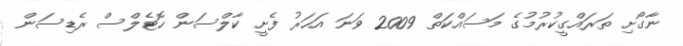
ނާގޯށި ތަރައްގީކުރުމުގެ މަސައްކަތް 2009 ވަނަ އަހަރު ފެށީ ކާލްސަން ހޮޓެލްސް ރެޑިސަން